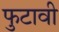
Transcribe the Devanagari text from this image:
फुटावी